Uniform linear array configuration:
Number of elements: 12
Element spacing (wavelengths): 0.75
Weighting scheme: uniform
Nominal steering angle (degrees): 30
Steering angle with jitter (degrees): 31.902
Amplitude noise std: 0.05
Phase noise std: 0.05

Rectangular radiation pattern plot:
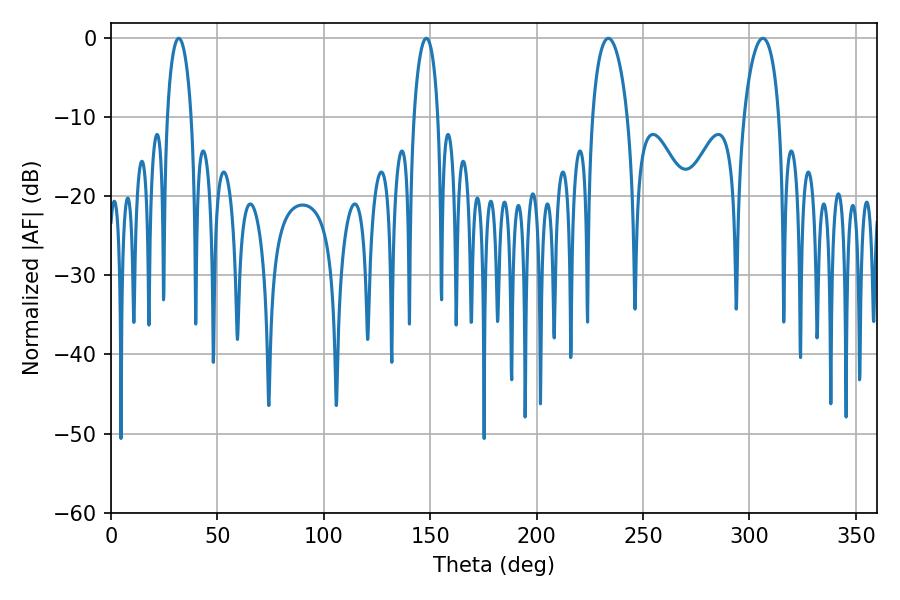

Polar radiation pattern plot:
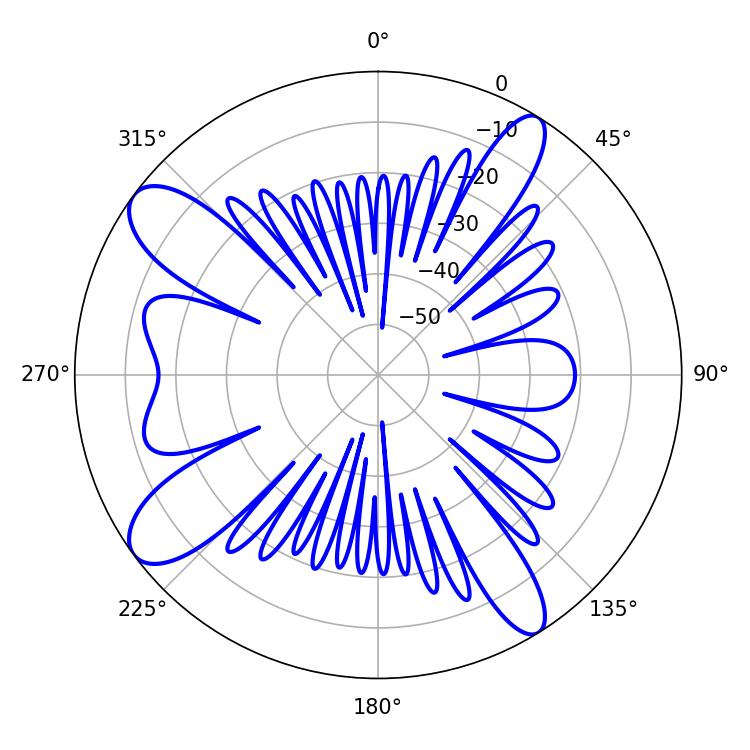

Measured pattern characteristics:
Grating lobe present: TRUE
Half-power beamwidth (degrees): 6.48
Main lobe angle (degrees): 148.14